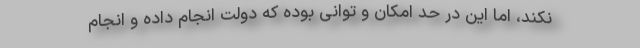
نکند، اما این در حد امکان و توانی بوده که دولت انجام داده و انجام